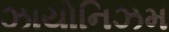
ઝાયોનિઝમ